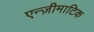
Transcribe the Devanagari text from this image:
एन्ज़ीमाटिक